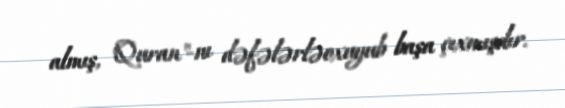
almış, "Quran"-nı dəfələrləoxuyub başa çıxmışdır.